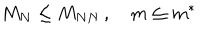
M _ { N } \leq M _ { N N } \, , \quad m \leq m ^ { \ast }